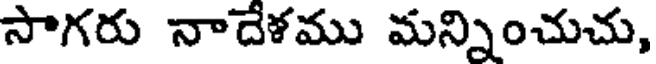
సాగరు నాదేళము మన్నించుచు,